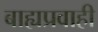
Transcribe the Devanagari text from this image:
बाह्यप्रवाही